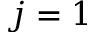
j = 1